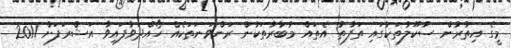
މީގެ އިތުރުން ސުކޫލުތަކުގައި ތަފާތު އެތައް މުބާރާތަކުން ރަންވަނަތަކެއް ހޯއްދަވާފައިވާ އަޝްރަފަށް 2011